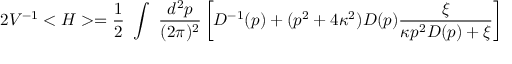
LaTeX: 2 V ^ { - 1 } < H > = \frac { 1 } { 2 } ~ \int ~ \frac { d ^ { 2 } p } { ( 2 \pi ) ^ { 2 } } \left[ D ^ { - 1 } ( p ) + ( p ^ { 2 } + 4 \kappa ^ { 2 } ) D ( p ) \frac { \xi } { \kappa p ^ { 2 } D ( p ) + \xi } \right]